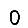
Digit: 0